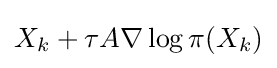
X_{k}+\tau A\nabla \log \pi (X_{k})